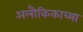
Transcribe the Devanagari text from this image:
अलौकिकाच्या